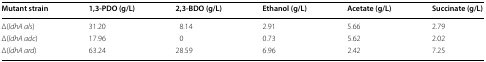
<table><thead><tr><td><b>Mutant strain</b></td><td><b>1,3-PDO (g/L)</b></td><td><b>2,3-BDO (g/L)</b></td><td><b>Ethanol (g/L)</b></td><td><b>Acetate (g/L)</b></td><td><b>Succinate (g/L)</b></td></tr></thead><tbody><tr><td>Δ(<i>ldhA als</i>)</td><td>31.20</td><td>8.14</td><td>2.91</td><td>5.66</td><td>2.79</td></tr><tr><td>Δ(<i>ldhA adc</i>)</td><td>17.96</td><td>0</td><td>0.73</td><td>5.62</td><td>2.02</td></tr><tr><td>Δ(<i>ldhA ard</i>)</td><td>63.24</td><td>28.59</td><td>6.96</td><td>2.42</td><td>7.25</td></tr></tbody></table>